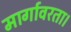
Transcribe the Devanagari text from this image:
मार्गावरता।